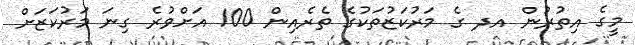
މީގެ އިތުރުން އދ ގެ މަރުކަޒުތަކުގެ ތެރެއިން 100 އަށްވުރެ ގިނަ މަރުކަޒަށް